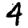
Digit: 4